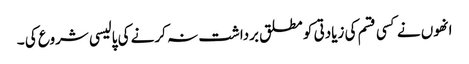
انھوں نے کسی قسم کی زیادتی کو مطلق برداشت نہ کرنے کی پالیسی شروع کی ۔